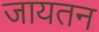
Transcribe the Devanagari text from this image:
जायतन